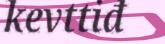
kevttiđ